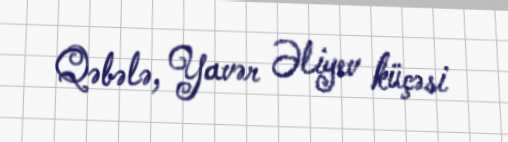
Qəbələ, Yavər Əliyev küçəsi